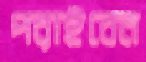
পরাইবেন